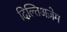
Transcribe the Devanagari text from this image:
दिल्तिअज़ेम